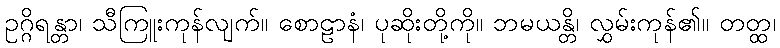
ဥဂ္ဂိရန္တာ၊ သီကြူးကုန်လျက်။ စောဠာနံ၊ ပုဆိုးတို့ကို။ ဘမယန္တိ၊ လွှမ်းကုန်၏။ တတ္ထ၊